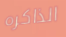
الذاكره